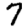
Digit: 7